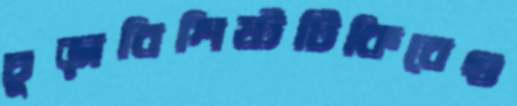
চূড়াবিশিষ্টটিকিবেগু